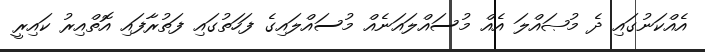
އެއްކަނުގައި ދެ މުޞައްލަ އެއް މުސައްލައަނެއް މުސައްލައިގެ ފަހަތުގައި ފަތުރާފައި އޮތްއިރު ކައިރީ